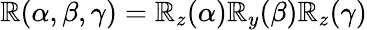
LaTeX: \mathbb{R}(\alpha,\beta,\gamma)=\mathbb{R}_{z}(\alpha)\mathbb{R}_{y}(\beta)\mathbb{R}_{z}(\gamma)